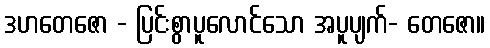
ဒဟတေဇော - ပြင်းစွာပူလောင်သော အပူပျက်- တေဇော။